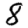
Digit: 8